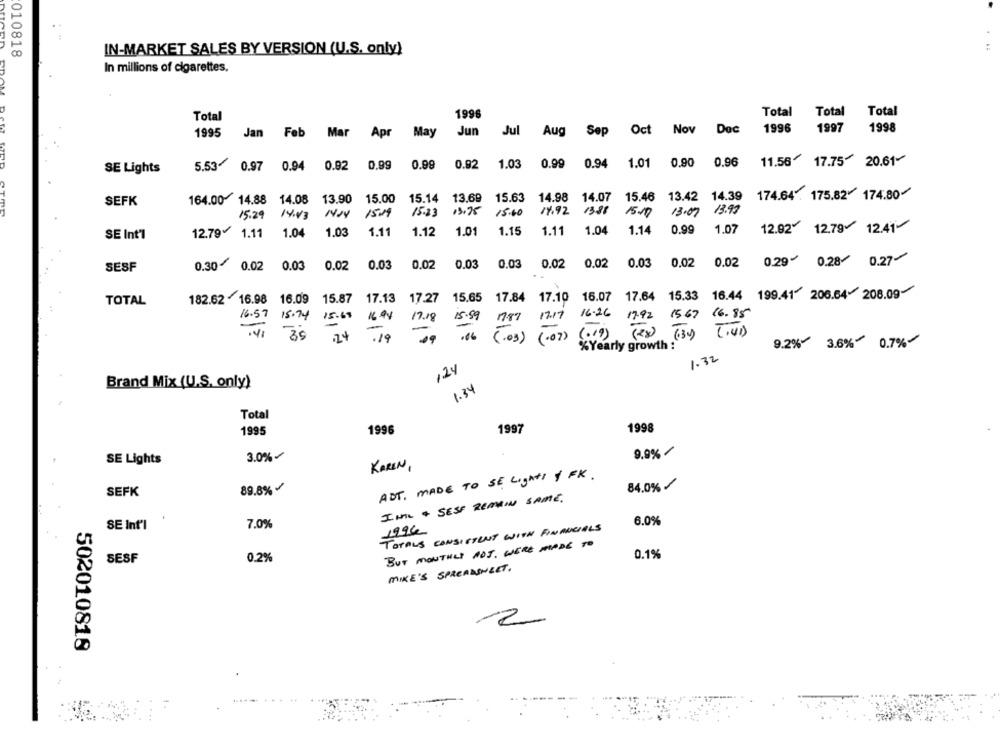
010818
IN-MARKET SALES BY VERSION (U.S. only)
In millions of cigarettes.
Total Total Total
Total
1996
1998
1995
Jan
Feb
Mar
Apr May
Jun
Jul
Aug
Sep
Oct Nov Dec
1996 1997
66 0
0.94
0.92
0.99
0.92
1.03
0.99
0.94
1.01
0,90
0.96
11.56 17.75 20.61-
SE Lights
5.53
0.97
164.00 14.88 14.08 13.90 15.00 15.14 13.69 15.63 14.98 14.07 15.46 13.42 14.39
174.64. 175.82 174.80-
SEFK
13.99
15.29 14:43 NOV 15:19
15.83 13.75 15:00 14.92 1388 15.00 13:07
12.79
12.79 1.11 1.04 1.03 1.11
1.12
1.01
1.15
1.11 1.04 1.14 0.99
1.07
12.92 12.79 12.41
SE Int'l
0.02 0.03 0.02 0.03 0.02 0.03 0.03 0.02 0.02 0.03 0.02 0.02
0.03
0,02
0.02
0.29
0.28 0.27
SESF
0.30
0.02
0.03
0.02
0.03
0.02
0.02
. .
16.44 199.41 206.64208.09
TOTAL
182.62 16.98
16.98 16.09 15.87 17.13 17.27 15.65 17.84 17.10 16.07 17.64 15.33 16.44
17.18 15.99
17.87 17.17 16.26 17.92 15.67 16.85
16.57 15.74 15.68 16:94
-
30
.24
.19
09
.06
(.19) (2x)
(3) (.41)
(.03) (.07)
9.2% 3.6% 0.7%
%Yearly growth :
1.32
124
Brand Mix (U.S. only)
1.34
Total
1998
1995
1996
1997
3.0%
9.9% /
SE Lights
KAREN,
ADT. MADE TO SE LighTT & FK.
84.0% /
SEFK
89.8% -
IML + SESE REMAIN SAME.
SE Int'l
7.0%
6.0%
1996
TOTALS CONSISTENT WITH FINANCIALS
BUT MONTHLY POJ, WERE MADE TO
0.1%
SESF
0.2%
MIKE'S SPREADSHEET.
-2
502010818